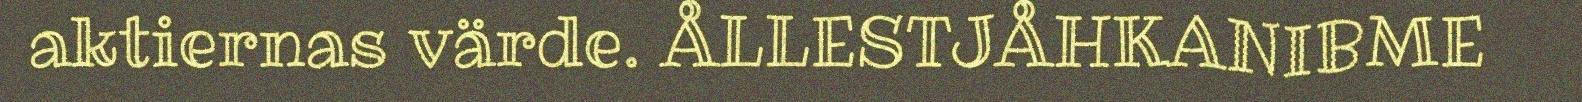
aktiernas värde. ÅLLESTJÅHKANIBME